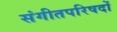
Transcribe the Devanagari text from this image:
संगीतपरिषदों